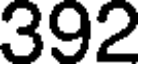
392